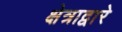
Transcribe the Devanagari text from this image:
क्षेत्राद्वारे